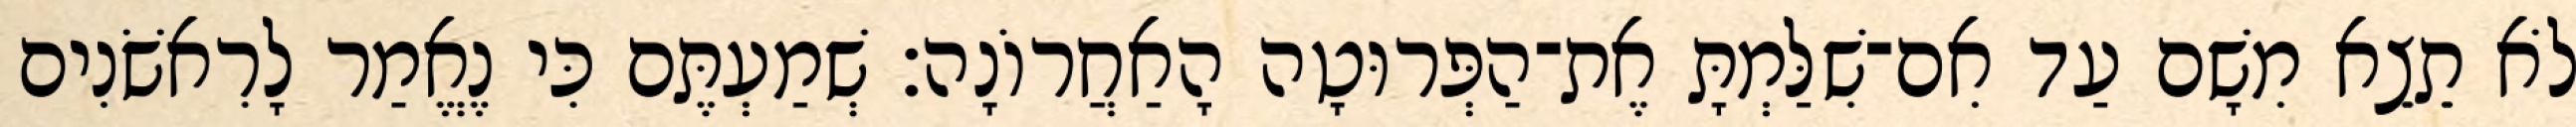
לֹא תֵצֵא מִשָׁם עַד אִם־שִׁלַּמְתָּ אֶת־הַפְּרוּטָה הָאַחֲרוֹנָה׃ שְׁמַעְתֶּם כִּי נֶאֱמַר לָרִאשֹׁנִים